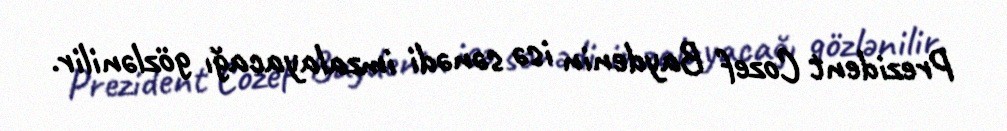
Prezident Cozef Baydenin isə sənədi imzalayacağı gözlənilir.